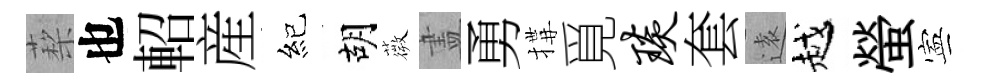
蔾也軺産紀胡薇𥁞勇搆覓琰套逺越螢寕